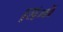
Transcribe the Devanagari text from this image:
थिमों